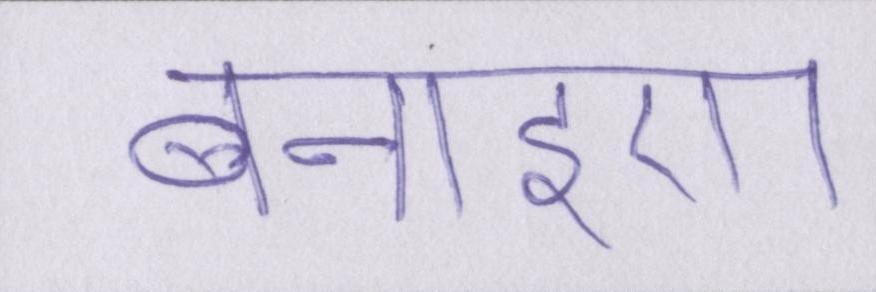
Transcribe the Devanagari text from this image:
बनाइए।